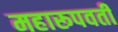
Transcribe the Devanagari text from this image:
महारूपवती